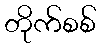
တိုက်စစ်